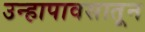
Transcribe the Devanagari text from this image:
उन्हापावसातून